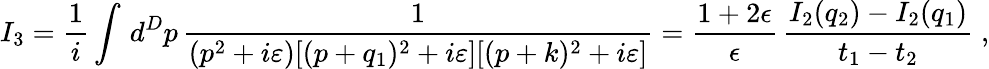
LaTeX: I_{3}=\frac{1}{i}\int\, d^{D}p\, \frac{1}{(p^{2}+i\varepsilon)[(p+q_{1})^{2}+i\varepsilon][(p+k)^{2}+i\varepsilon]}=\frac{1+2\epsilon}{\epsilon}\, \frac{I_{2}(q_{2})-I_{2}(q_{1})}{t_{1}-t_{2}}\; ,